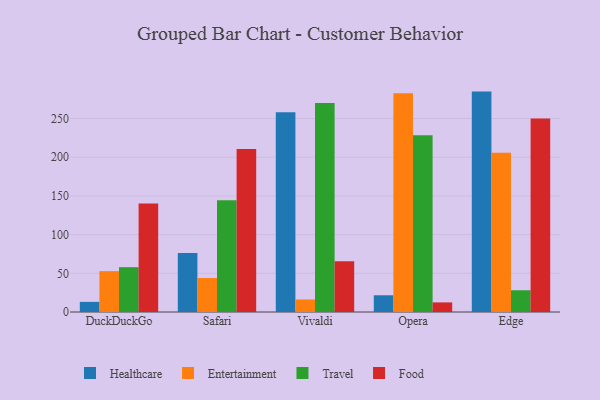
{"axis": {"x": "Browser", "y": "Bounce Rate (%)"}, "legend": ["Entertainment", "Food", "Healthcare", "Travel"], "data": [{"x": "DuckDuckGo", "y": 13.1, "type": "Healthcare"}, {"x": "DuckDuckGo", "y": 52.8, "type": "Entertainment"}, {"x": "DuckDuckGo", "y": 57.9, "type": "Travel"}, {"x": "DuckDuckGo", "y": 140.1, "type": "Food"}, {"x": "Safari", "y": 76.1, "type": "Healthcare"}, {"x": "Safari", "y": 43.9, "type": "Entertainment"}, {"x": "Safari", "y": 144.5, "type": "Travel"}, {"x": "Safari", "y": 210.7, "type": "Food"}, {"x": "Vivaldi", "y": 258.1, "type": "Healthcare"}, {"x": "Vivaldi", "y": 16.2, "type": "Entertainment"}, {"x": "Vivaldi", "y": 270.1, "type": "Travel"}, {"x": "Vivaldi", "y": 65.7, "type": "Food"}, {"x": "Opera", "y": 21.6, "type": "Healthcare"}, {"x": "Opera", "y": 282.7, "type": "Entertainment"}, {"x": "Opera", "y": 228.4, "type": "Travel"}, {"x": "Opera", "y": 12.4, "type": "Food"}, {"x": "Edge", "y": 284.8, "type": "Healthcare"}, {"x": "Edge", "y": 205.8, "type": "Entertainment"}, {"x": "Edge", "y": 28.1, "type": "Travel"}, {"x": "Edge", "y": 250.1, "type": "Food"}]}